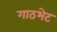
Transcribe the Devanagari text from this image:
गाठभेट